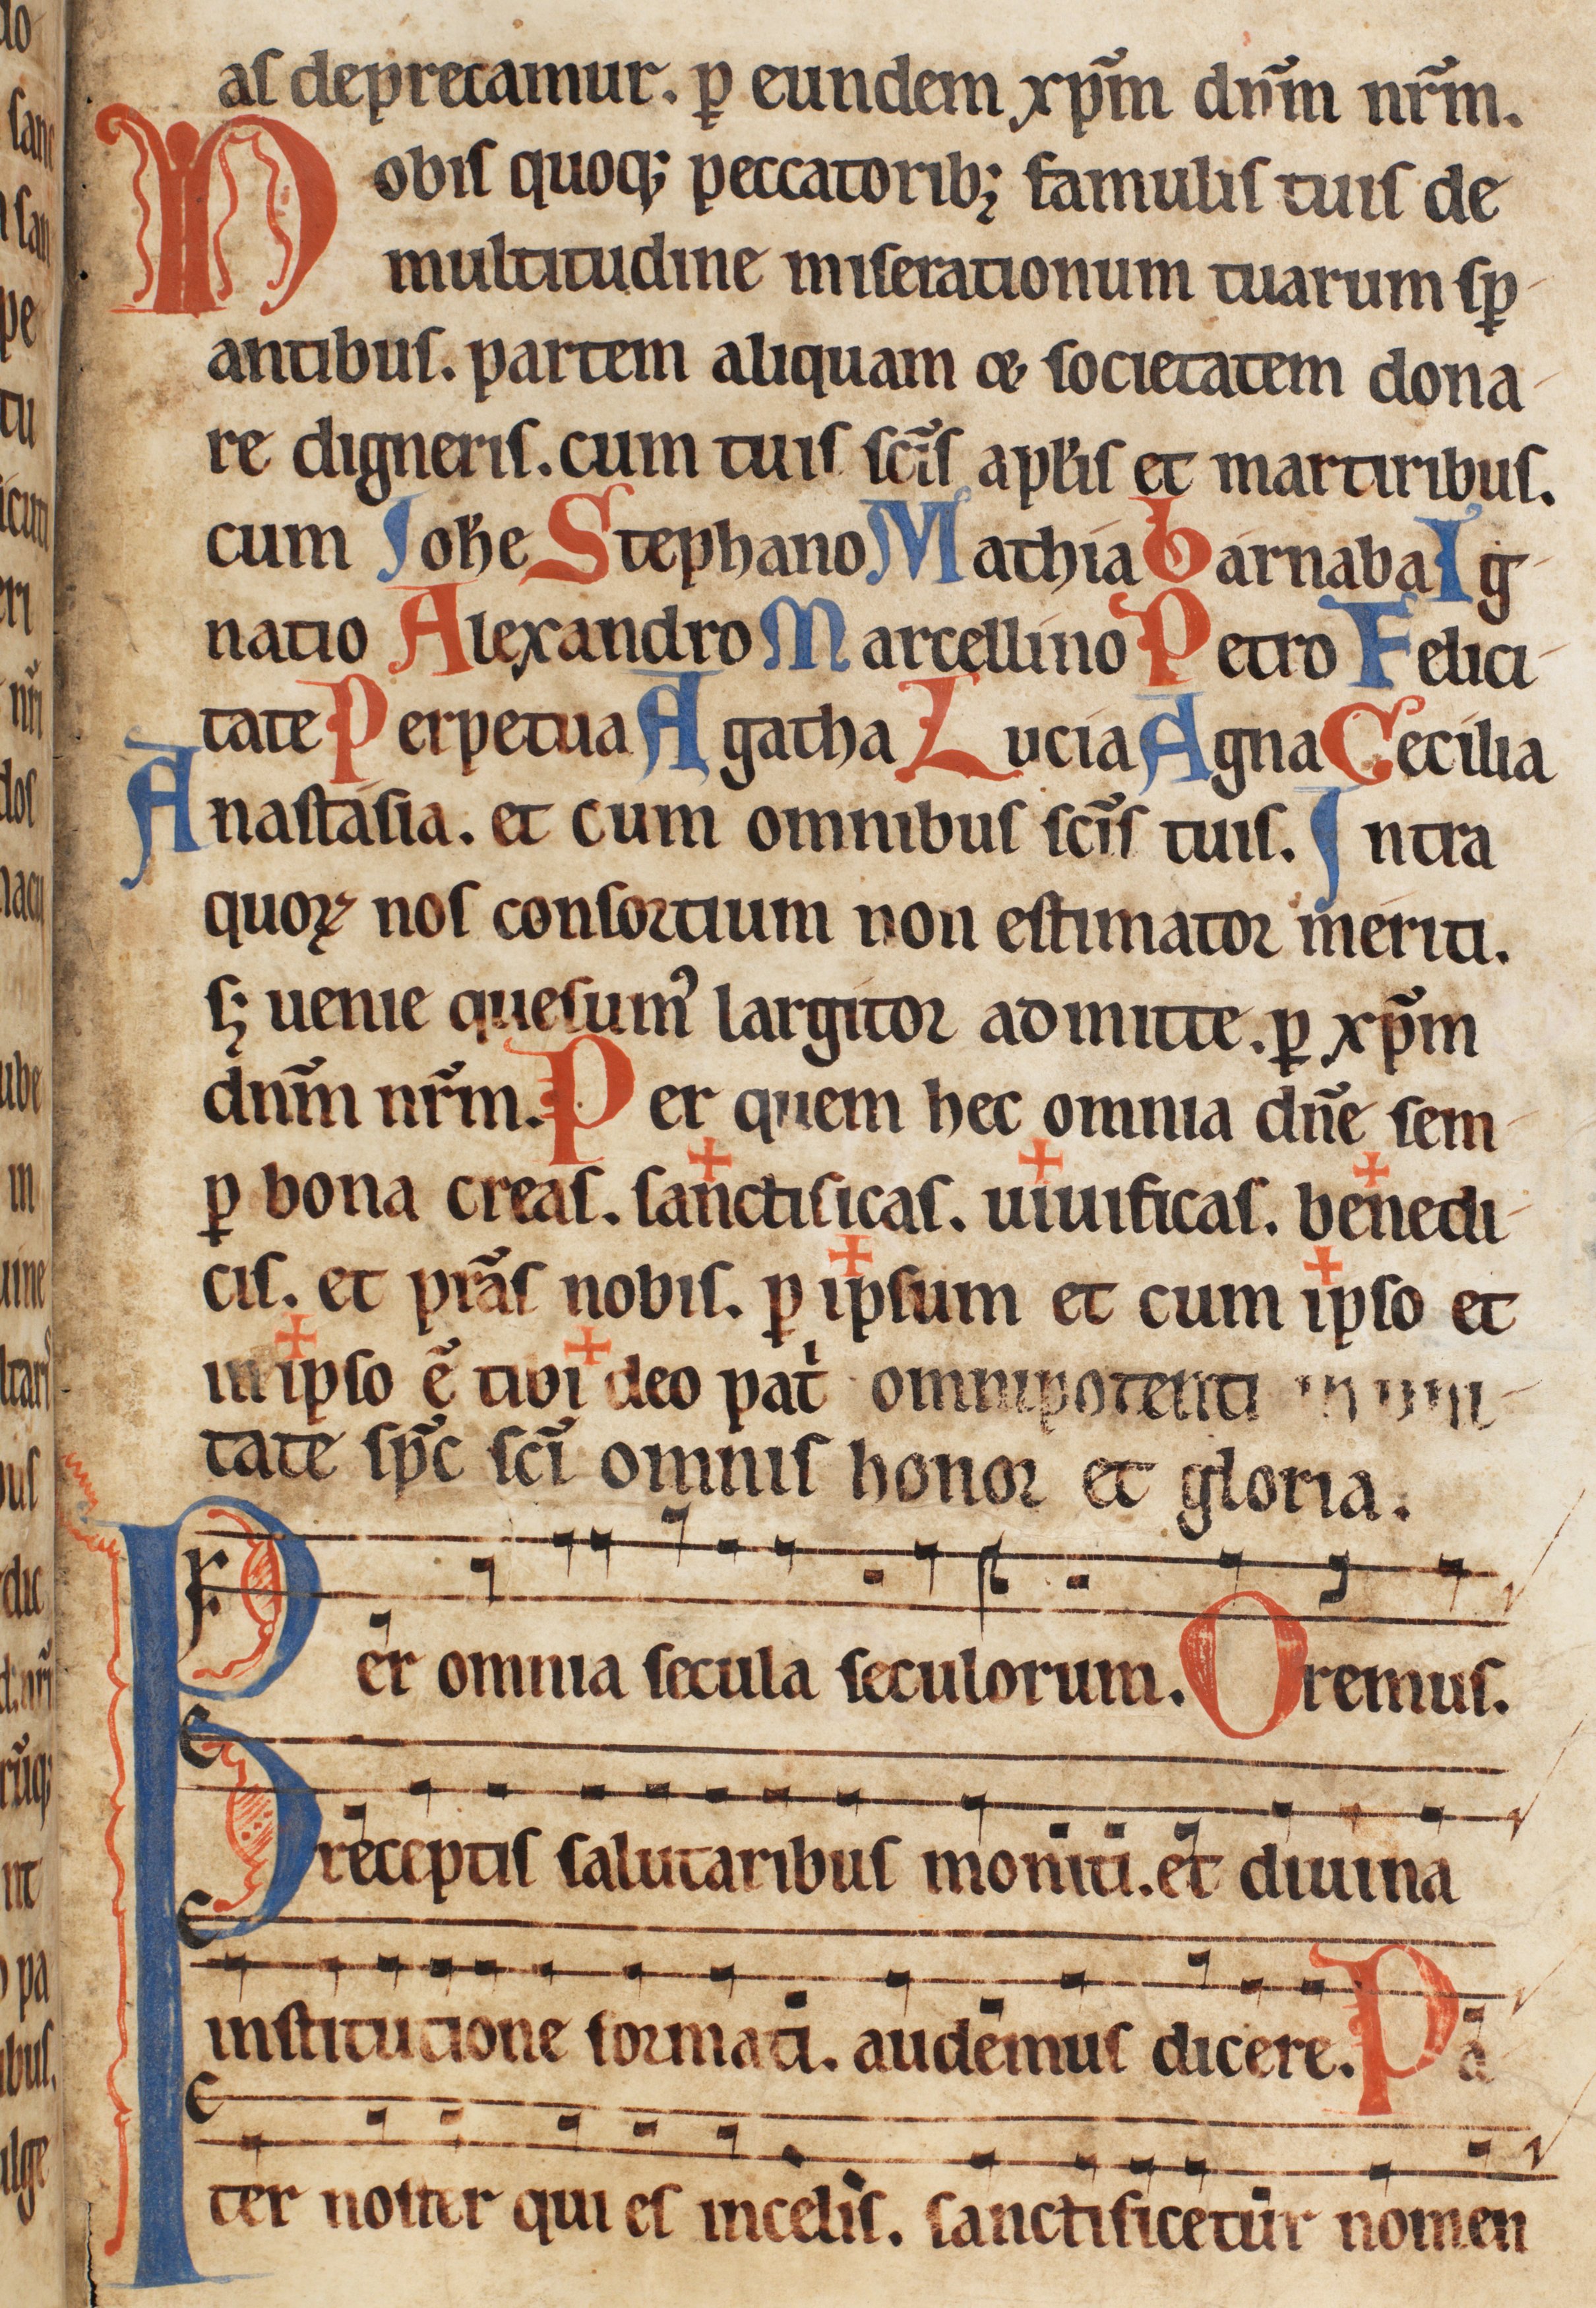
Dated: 1185–1215